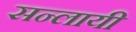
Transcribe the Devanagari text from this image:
सन्लायी